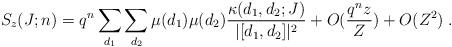
LaTeX: \begin{align*}S_z(J;n) = q^n\sum_{ d_1 }\sum_{ d_2 } \mu(d_1)\mu(d_2)\frac{\kappa(d_1,d_2;J)}{|[d_1,d_2]|^2} + O(\frac {q^nz}{Z})+O(Z^2) \;.\end{align*}